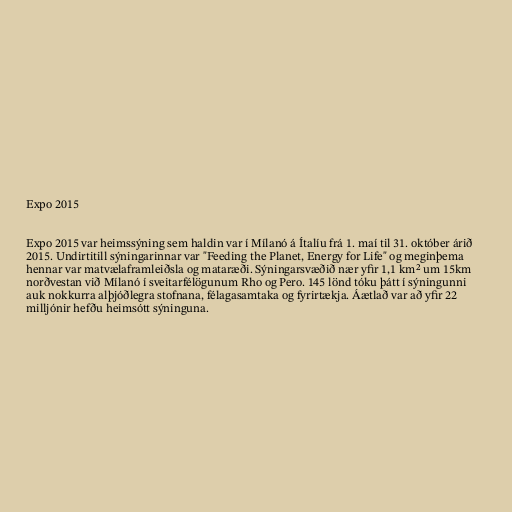
Expo 2015

Expo 2015 var heimssýning sem haldin var í Mílanó á Ítalíu frá 1. maí til 31. október árið
2015. Undirtitill sýningarinnar var "Feeding the Planet, Energy for Life" og meginþema
hennar var matvælaframleiðsla og mataræði. Sýningarsvæðið nær yfir 1,1 km² um 15km
norðvestan við Mílanó í sveitarfélögunum Rho og Pero. 145 lönd tóku þátt í sýningunni
auk nokkurra alþjóðlegra stofnana, félagasamtaka og fyrirtækja. Áætlað var að yfir 22
milljónir hefðu heimsótt sýninguna.